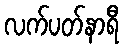
လက်ပတ်နာရီ